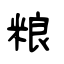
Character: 粮